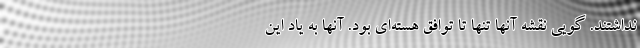
نداشتند. گویی نقشه آنها تنها تا توافق هسته‌ای بود. آنها به یاد این